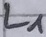
Text: L1